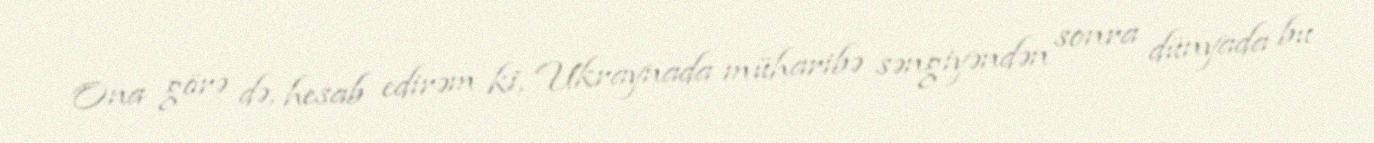
Ona görə də, hesab edirəm ki, Ukraynada müharibə səngiyəndən sonra dünyada bu